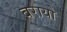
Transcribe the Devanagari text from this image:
बरायो